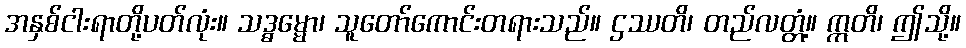
အနှစ်ငါးရာတို့ပတ်လုံး။ သဒ္ဓမ္မော၊ သူတော်ကောင်းတရားသည်။ ဌဿတိ၊ တည်လတ္တံ့။ ဣတိ၊ ဤသို့။